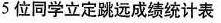
5位同学立定跳远成绩统计表